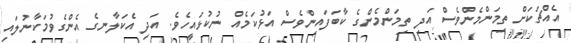
އެއްޗަކަށް ތިމަންމެންވެސް އަދި ތިމަންމެންގެ ކާބަފައިންވެސް އަޅުކަމެއް ނުކުޅައީހެވެ. އަދި އެކަލާނގެ އެންގެވުމަކާނުލައި